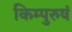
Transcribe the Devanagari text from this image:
किम्पुरुषं